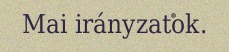
Mai irányzatok.